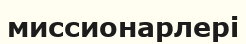
миссионарлері